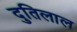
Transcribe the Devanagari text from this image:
दुतिलाल